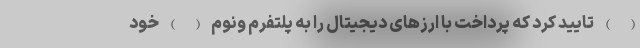
( ) تایید کرد که پرداخت با ارزهای دیجیتال را به پلتفرم ونوم ( ) خود